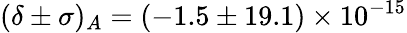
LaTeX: (\delta\pm\sigma)_{A}=(-1.5\pm 19.1)\times 10^{-15}